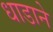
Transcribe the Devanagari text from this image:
धाडाने